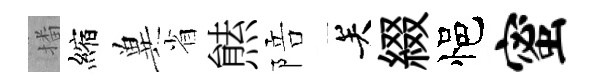
播縮兾省㷱陪关綴悒蜜